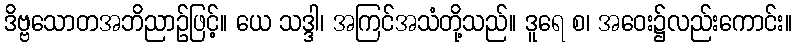
ဒိဗ္ဗသောတအဘိညာဉ်ဖြင့်။ ယေ သဒ္ဒါ၊ အကြင်အသံတို့သည်။ ဒူရေ စ၊ အဝေး၌လည်းကောင်း။